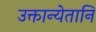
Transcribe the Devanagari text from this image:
उक्तान्येतानि